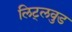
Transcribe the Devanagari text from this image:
लिट्लवुड